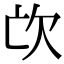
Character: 𣢅